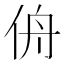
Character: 侜